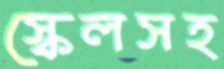
স্কেলসহ